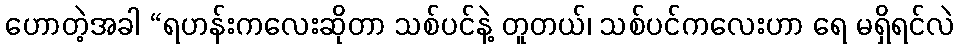
ဟောတဲ့အခါ “ရဟန်းကလေးဆိုတာ သစ်ပင်နဲ့ တူတယ်၊ သစ်ပင်ကလေးဟာ ရေ မရှိရင်လဲ